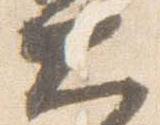
大